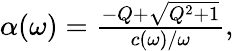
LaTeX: \begin{array}{r}{\alpha(\omega)=\frac{-Q+\sqrt{Q^{2}+1}}{{c(\omega)}/{\omega}},}\end{array}